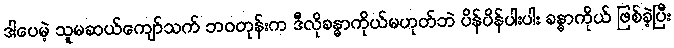
ဒါပေမဲ့ သူမဆယ်ကျော်သက် ဘဝတုန်းက ဒီလိုခန္ဓာကိုယ်မဟုတ်ဘဲ ပိန်ပိန်ပါးပါး ခန္ဓာကိုယ် ဖြစ်ခဲ့ပြီး